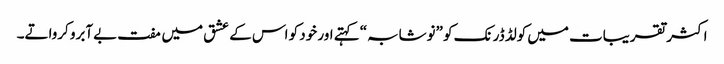
اکثر تقریبات میں کولڈ ڈرنک کو ”نوشابہ“ کہتے اور خود کو اس کے عشق میں مفت بےآبرو کرواتے۔